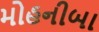
મોહનીબા